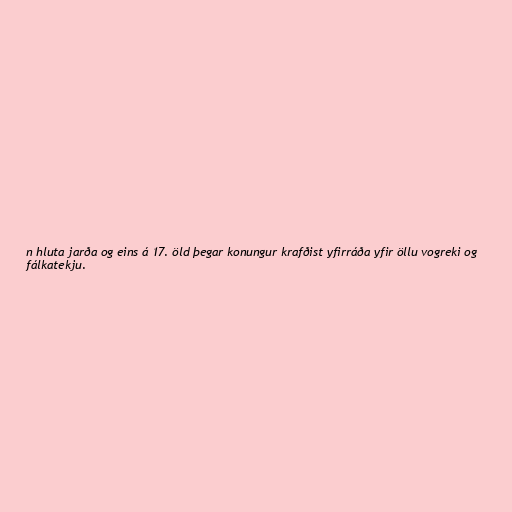
n hluta jarða og eins á 17. öld þegar konungur krafðist yfirráða yfir öllu vogreki og
fálkatekju.